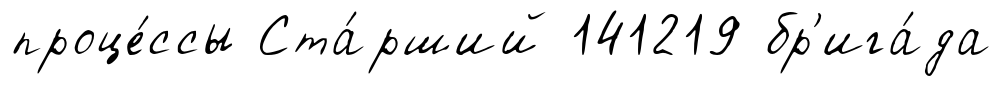
проце́ссы Ста́рший 141219 бр'ига́да